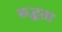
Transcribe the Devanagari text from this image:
रुद्धता